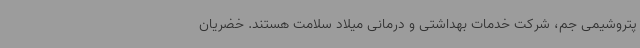
پتروشیمی جم، شرکت خدمات بهداشتی و درمانی میلاد سلامت هستند. خضریان